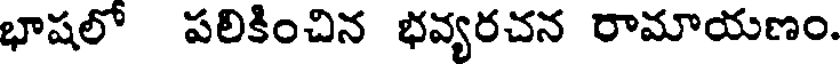
భాషలో పలికించిన భవ్యరచన రామాయణం.